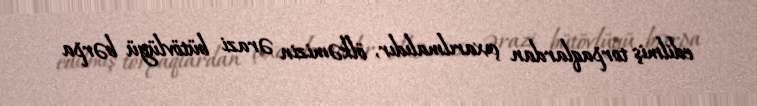
edilmiş torpaqlardan çıxarılmalıdır, ölkəmizin ərazi bütövlüyü bərpa